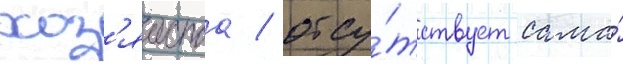
хоз'яиства / отсу́тствует сама́